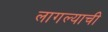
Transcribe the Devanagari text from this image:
लागल्याची